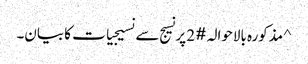
^ مذکورہ بالاحوالہ #2 پر نسیج سے نسیجیات کا بیان۔